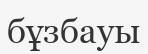
бұзбауы